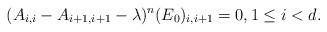
LaTeX: \begin{align*}(A_{i,i}-A_{i+1,i+1}-\lambda)^n (E_0)_{i,i+1}=0,1\leq i<d.\end{align*}